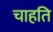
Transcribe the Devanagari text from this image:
चाहति